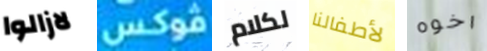
لازالوا فوكس لكلام لأطفالنا اخوه